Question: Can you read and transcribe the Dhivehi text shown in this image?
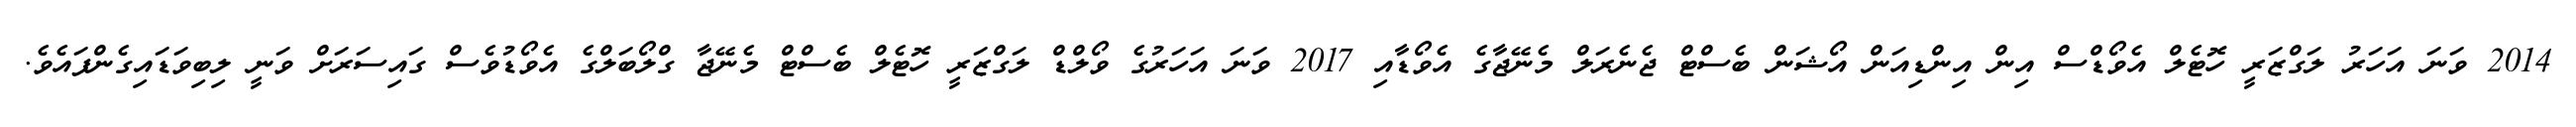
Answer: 2014 ވަނަ އަހަރު ލަގްޒަރީ ހޮޓެލް އެވޯޑްސް އިން އިންޑިއަން އޯޝަން ބެސްޓް ޖެނެރަލް މެނޭޖާގެ އެވޯޑާއި 2017 ވަނަ އަހަރުގެ ވޯލްޑް ލަގްޒަރީ ހޮޓެލް ބެސްޓް މެނޭޖާ ގްލޯބަލްގެ އެވޯޑުވެސް ގައިސަރަށް ވަނީ ލިބިވަޑައިގެންފައެވެ.